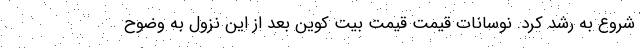
شروع به رشد کرد. نوسانات قیمت قیمت بیت کوین بعد از این نزول به وضوح